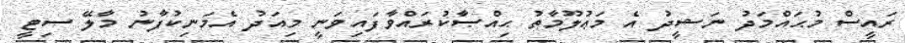
ރައީސް މުޙައްމަދު ނަޝީދު އެ މަޢުލޫމާތު ޙިއްޞާކުރައްވާފައިވަނީ މިއަދު އެމަނިކުފާނު މާލޭ ސިޓީ